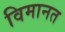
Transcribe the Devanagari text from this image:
विमानत